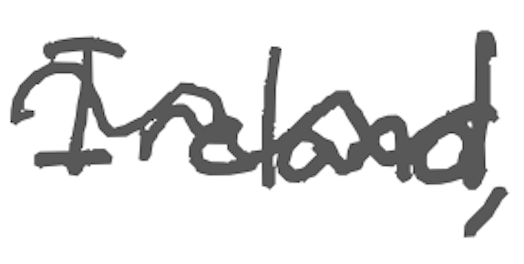
Text: Ireland,
Cross-out: wave
Writing tool: digital_gray